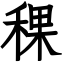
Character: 稞